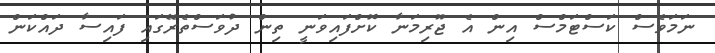
ނަމަވެސް ކަސްޓަމްސް އިން އެ ޖޫރިމަނާ ކޮށްފައިވަނީ ތިން ދުވަސްތެރޭގައި ފައިސާ ދައްކަން